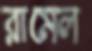
রামেল